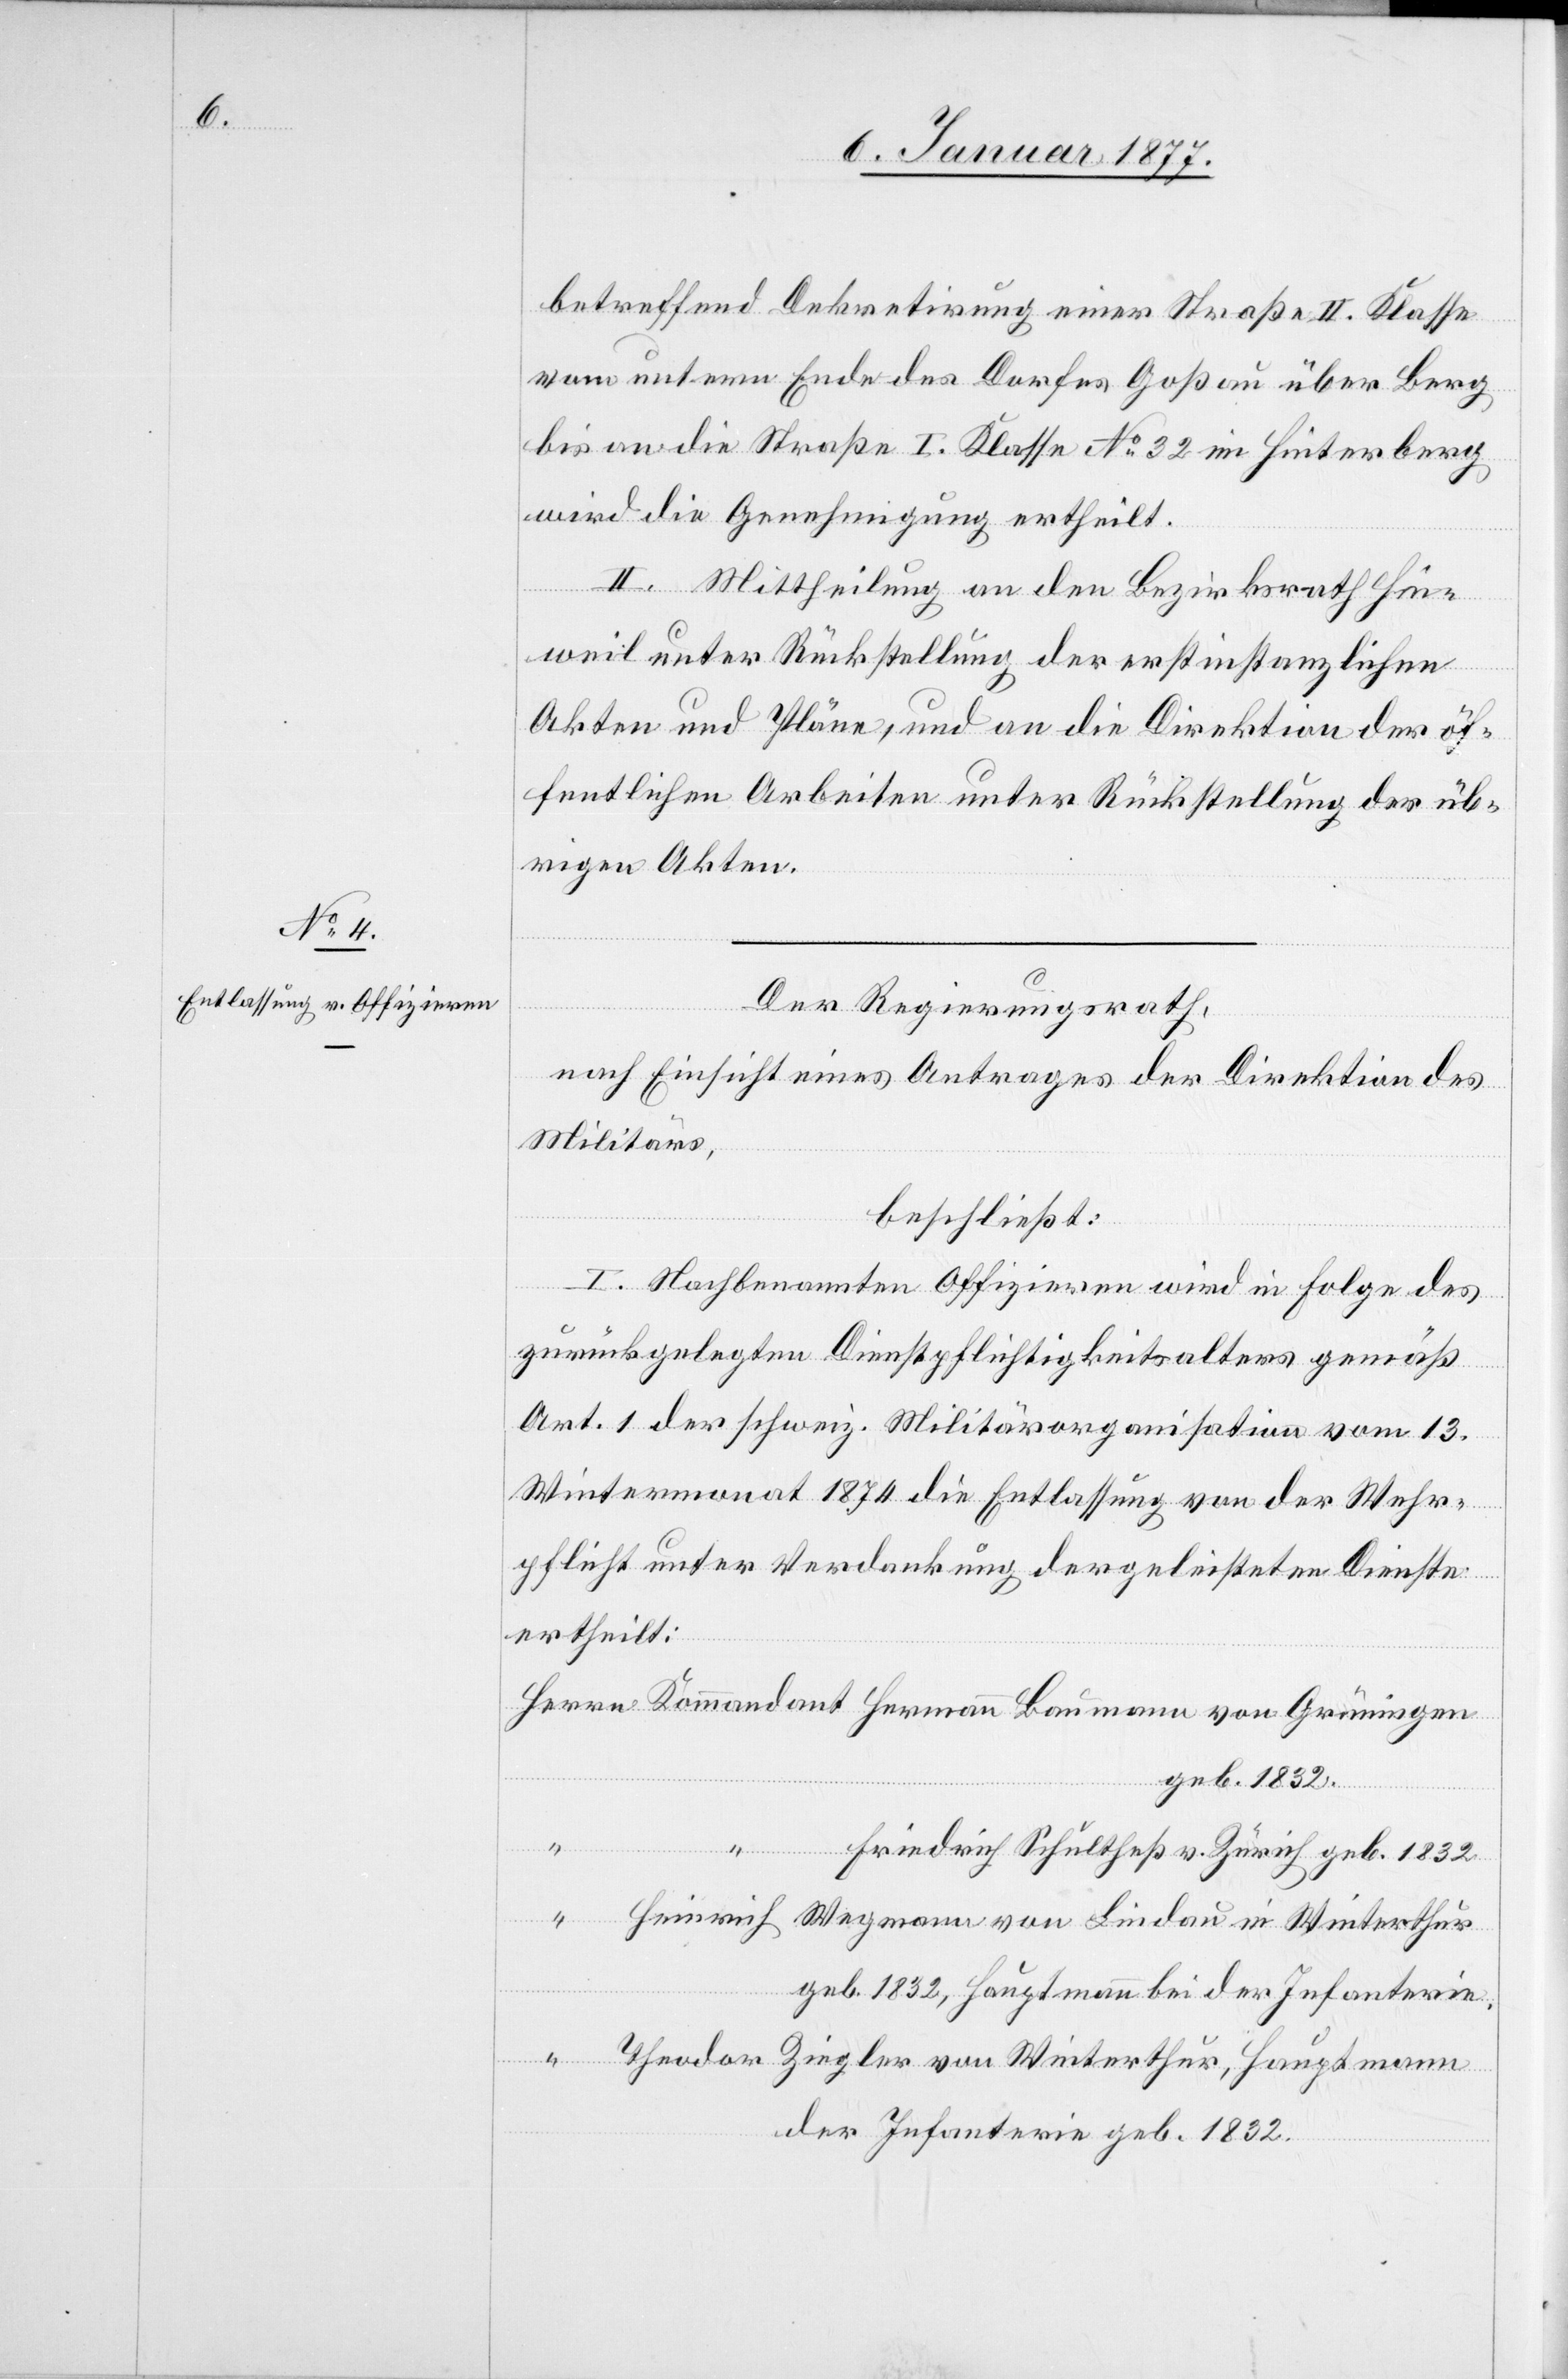
betreffend Dekretirung einer Straße II. Klasse
vom untern Ende des Dorfes Goßau über Berg
bis an die Straße I. Klasse No 32 im Hinterberg
wird die Genehmigung ertheilt.
II. Mittheilung an den Bezirksrath Hin¬
weil unter Rückstellung der erstinstanzlichen
Akten und Pläne, und an die Direktion der öf¬
fentlichen Arbeiten unter Rückstellung der üb¬
rigen Akten.
Der Regierungsrath,
nach Einsicht eines Antrages der Direktion des
Militärs,
beschließt:
I. Nachbenannten Offizieren wird in Folge des
zurückgelegten Dienstpflichtigkeitsalters gemäß
Art. 1 der schweiz. Militärorganisation vom 13.
Wintermonat 1874 die Entlassung von der Wehr¬
pflicht unter Verdankung der geleisteten Dienste
ertheilt:
geb. 1832.
Wegmann
Friedrich Schultheß v. Zürich geb. 1832.
geb. 1832, Hauptmann bei der Infanterie.
Theodor Ziegler von Winterthur, Hauptmann
der Infanterie geb. 1832.